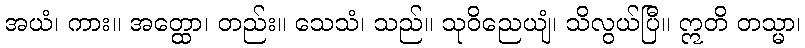
အယံ၊ ကား။ အတ္ထော၊ တည်း။ သေသံ၊ သည်။ သုဝိညေယျံ၊ သိလွယ်ပြီ။ ဣတိ တသ္မာ၊